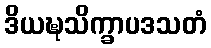
ဒိယဍ္ဎသိက္ခာပဒသတံ